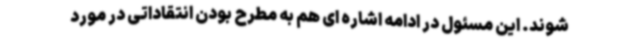
شوند. این مسئول در ادامه اشاره ای هم به مطرح بودن انتقاداتی در مورد